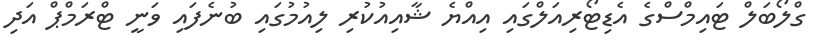
ގްލޯބަލް ޓައިމްސްގެ އެޑިޓޯރިއަލްގައި އިއްޔެ ޝާއިއުކުރި ލިއުމުގައި ބުނެފައި ވަނީ ޓްރަމްޕް އަދި